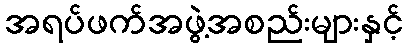
အရပ်ဖက်အဖွဲ့အစည်းများနှင့်